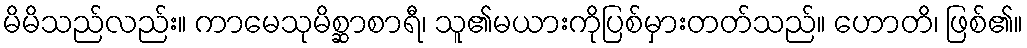
မိမိသည်လည်း။ ကာမေသုမိစ္ဆာစာရီ၊ သူ၏မယားကိုပြစ်မှားတတ်သည်။ ဟောတိ၊ ဖြစ်၏။